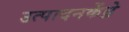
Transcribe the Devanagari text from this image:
उत्पादनकेंद्रे